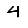
Digit: 4